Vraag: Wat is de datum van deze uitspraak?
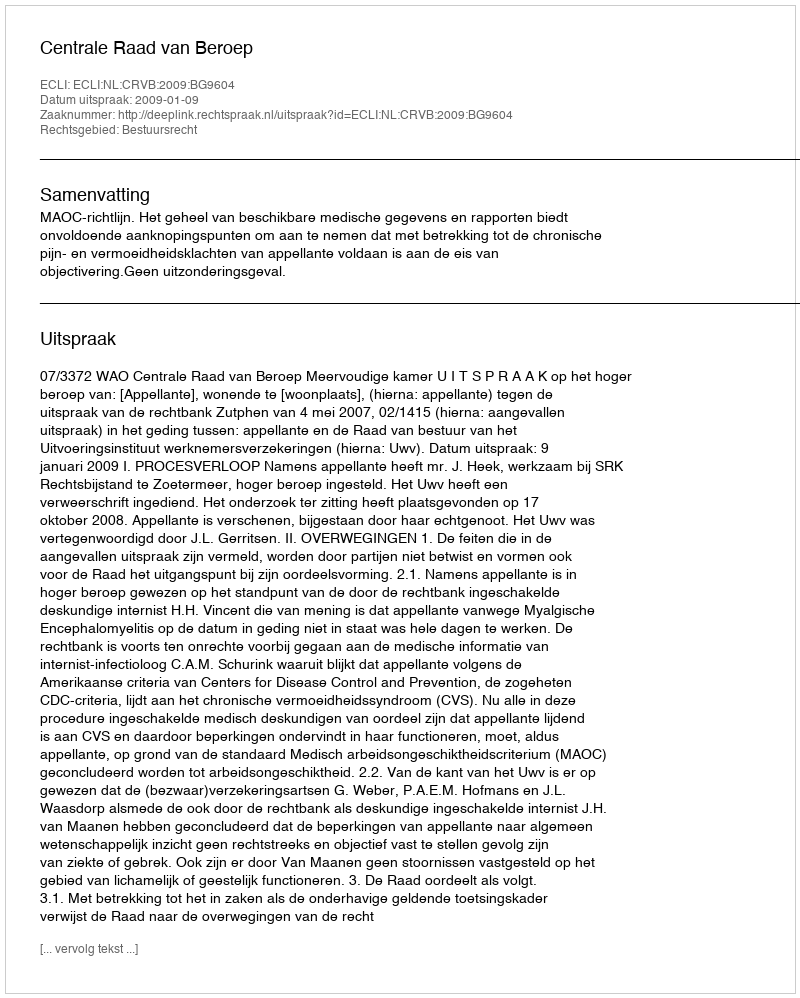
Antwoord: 2009-01-09